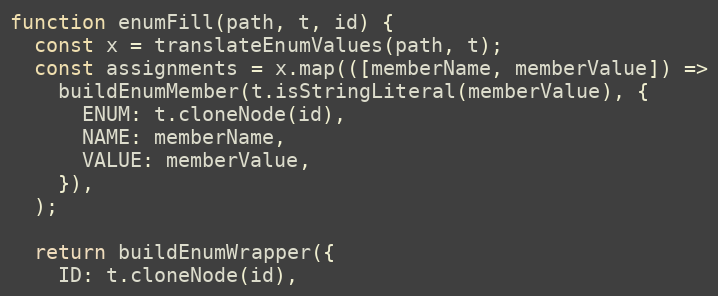
Language: JavaScript
function enumFill(path, t, id) {
  const x = translateEnumValues(path, t);
  const assignments = x.map(([memberName, memberValue]) =>
    buildEnumMember(t.isStringLiteral(memberValue), {
      ENUM: t.cloneNode(id),
      NAME: memberName,
      VALUE: memberValue,
    }),
  );

  return buildEnumWrapper({
    ID: t.cloneNode(id),